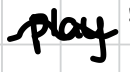
Text: play
Cross-out: wave
Writing tool: digital_black